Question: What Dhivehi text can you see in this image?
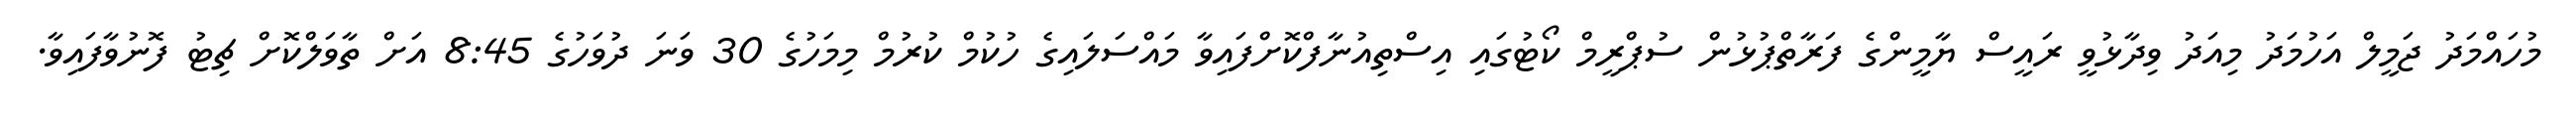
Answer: މުހައްމަދު ޖަމީލް އަހުމަދު މިއަދު ވިދާޅުވީ ރައީސް ޔާމީންގެ ފަރާތްޕުޅުން ސުޕްރީމް ކޯޓުގައި އިސްތިއުނާފްކޮށްފައިވާ މައްސަލައިގެ ހުކުމް ކުރުމް މިމަހުގެ 30 ވަނަ ދުވަހުގެ 8:45 އަށް ތާވަލްކޮށް ޗިޓު ފޮނުވާފައިވާ.